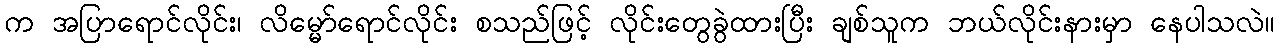
က အပြာရောင်လိုင်း၊ လိမ္မော်ရောင်လိုင်း စသည်ဖြင့် လိုင်းတွေခွဲထားပြီး ချစ်သူက ဘယ်လိုင်းနားမှာ နေပါသလဲ။